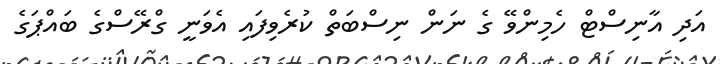
އަދި އާނިސްޓް ހެމިންވޭ ގެ ނަން ނިސްބަތް ކުރެވިފައި އެވަނީ ގްރޭސްގެ ބައްޕަގެ